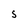
Character: S